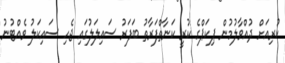
ކުރިއަށް ދުއްވާލުމުން ޕިކަޕްގެ ކުރީ ކަނާތްފަރާތު ބަފަރު ސައިލަލުގައި ޖެހި ސައިކަލު ވެއްޓުނު